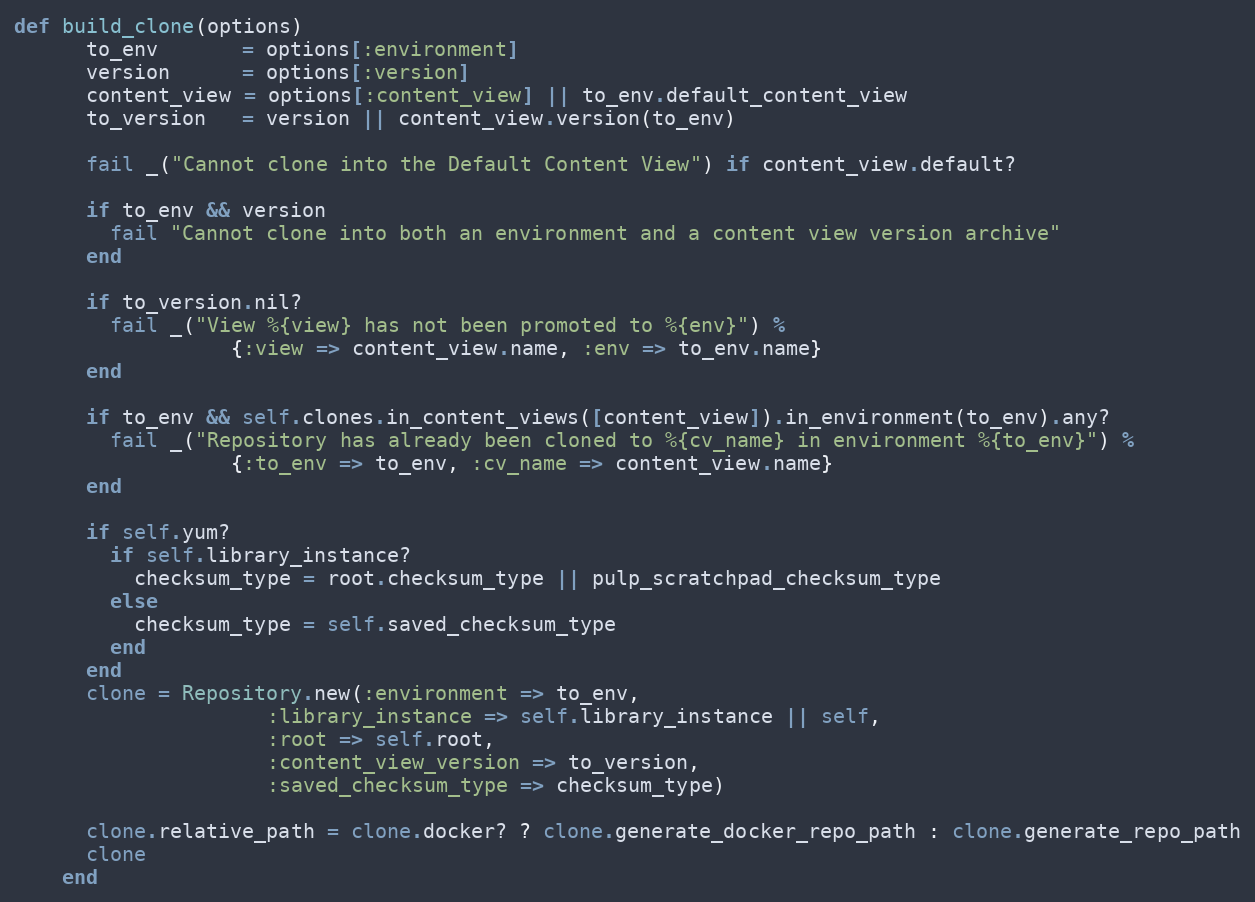
Language: Ruby
def build_clone(options)
      to_env       = options[:environment]
      version      = options[:version]
      content_view = options[:content_view] || to_env.default_content_view
      to_version   = version || content_view.version(to_env)

      fail _("Cannot clone into the Default Content View") if content_view.default?

      if to_env && version
        fail "Cannot clone into both an environment and a content view version archive"
      end

      if to_version.nil?
        fail _("View %{view} has not been promoted to %{env}") %
                  {:view => content_view.name, :env => to_env.name}
      end

      if to_env && self.clones.in_content_views([content_view]).in_environment(to_env).any?
        fail _("Repository has already been cloned to %{cv_name} in environment %{to_env}") %
                  {:to_env => to_env, :cv_name => content_view.name}
      end

      if self.yum?
        if self.library_instance?
          checksum_type = root.checksum_type || pulp_scratchpad_checksum_type
        else
          checksum_type = self.saved_checksum_type
        end
      end
      clone = Repository.new(:environment => to_env,
                     :library_instance => self.library_instance || self,
                     :root => self.root,
                     :content_view_version => to_version,
                     :saved_checksum_type => checksum_type)

      clone.relative_path = clone.docker? ? clone.generate_docker_repo_path : clone.generate_repo_path
      clone
    end